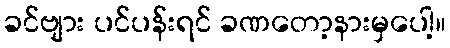
ခင်ဗျား ပင်ပန်းရင် ခဏတော့နားမှပေါ့။